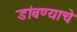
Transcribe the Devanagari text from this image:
डांबण्याचे